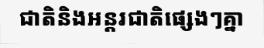
ជាតិនិងអន្តរជាតិផ្សេងៗគ្នា